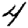
Digit: 4